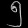
Digit: ၅